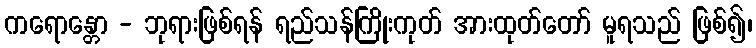
ကရောန္တော - ဘုရားဖြစ်ရန် ရည်သန်ကြိုးကုတ် အားထုတ်တော် မူရသည် ဖြစ်၍၊